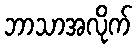
ဘာသာအလိုက်